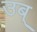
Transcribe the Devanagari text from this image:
उब्